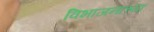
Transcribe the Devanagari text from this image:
विभाजनाच्या